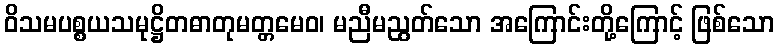
ဝိသမပစ္စယသမုဋ္ဌိတဓာတုမတ္တမေဝ၊ မညီမညွတ်သော အကြောင်းတို့ကြောင့် ဖြစ်သော